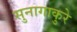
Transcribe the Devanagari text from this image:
सुनागाकुरे